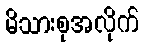
မိသားစုအလိုက်